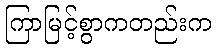
ကြာမြင့်စွာကတည်းက